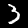
Digit: 3